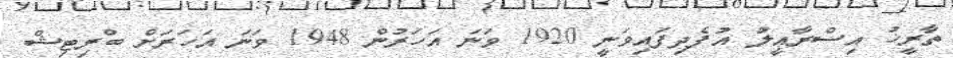
ތާރީޚު އިސްރާއީލު އުފެދިފައިވަނީ 1920 ވަނަ އަހަރުން 1948 ވަނަ އަހަރަށް ބްރިޓިޝް